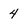
Character: 4